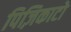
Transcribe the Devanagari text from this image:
पिज़िकाटो